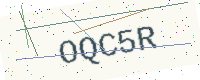
Text: OQC5R